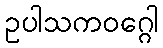
ဥပါသကဝဂ္ဂေါ